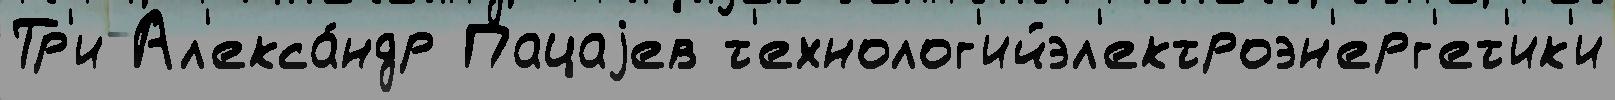
Тр'и Ал'екса́ндр Пацаjев т'ехнолог'ийэл'ектроэн'ерг'ет'ик'и